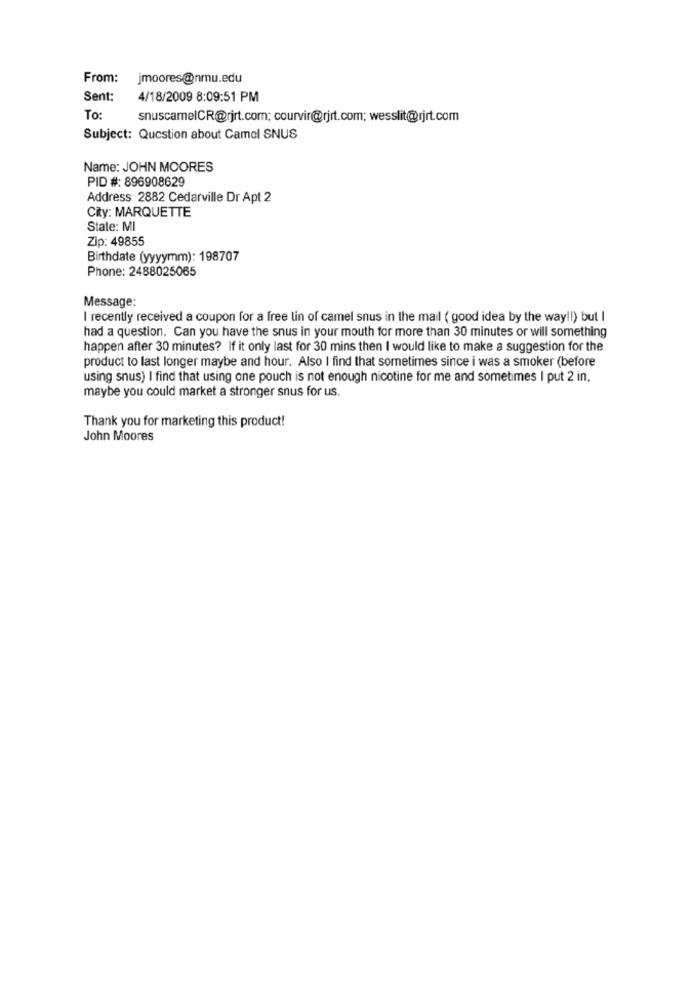
From:
jmoores@nmu.edu
Sent:
4/18/2009 8:09:51 PM
To
snuscamelCR@rjrt.com: courvir@rjrt.com; wesslit@rjrt.com
Subject: Question about Camel SNUS
Name: JOHN MOORES
PID #: 896908629
Address: 2882 Cedarville Dr Apt 2
City: MARQUETTE
State: MI
Zip: 49855
Birthdate (yyyymm): 198707
Phone: 2488025065
Message:
I recently received a coupon for a free lin of camel snus in the mail ( good idea by the way !! ) but I
had a question. Can you have the snus in your mouth for more than 30 minutes or will something
happen after 30 minutes? If it only last for 30 mins then I would like to make a suggestion for the
product to last longer maybe and hour. Also I find that sometimes since i was a smoker (before
using snus) I find that using one pouch is not enough nicotine for me and sometimes I put 2 in.
maybe you could market a stronger snus for us.
Thank you for marketing this product!
John Moores